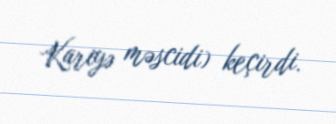
Kariyə məscidi) keçirdi.